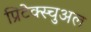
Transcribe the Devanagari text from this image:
प्रिटेक्स्चुअल